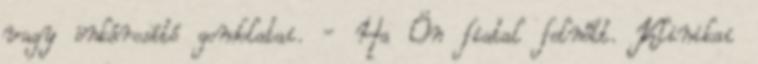
vagy önkárosító gondolatai. - Ha Ön fiatal felnőtt. Klinikai